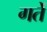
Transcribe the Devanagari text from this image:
गर्ते